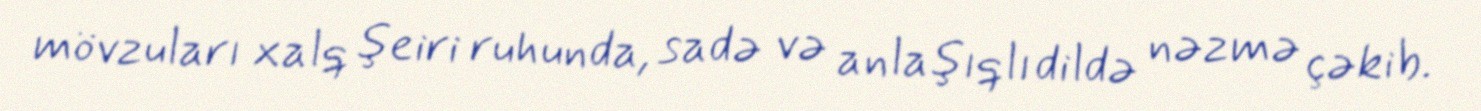
mövzuları xalq şeiri ruhunda, sadə və anlaşıqlı dildə nəzmə çəkib.